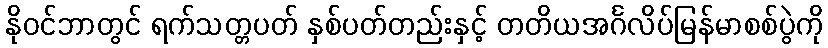
နိုဝင်ဘာတွင် ရက်သတ္တပတ် နှစ်ပတ်တည်းနှင့် တတိယအင်္ဂလိပ်မြန်မာစစ်ပွဲကို